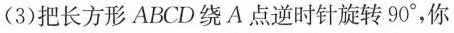
(3)把长方形ABCD绕A点逆时针旋转90°，你